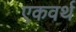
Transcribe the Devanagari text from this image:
एकवर्थ